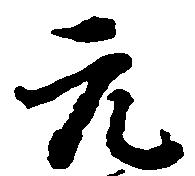
元